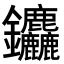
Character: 𮣱